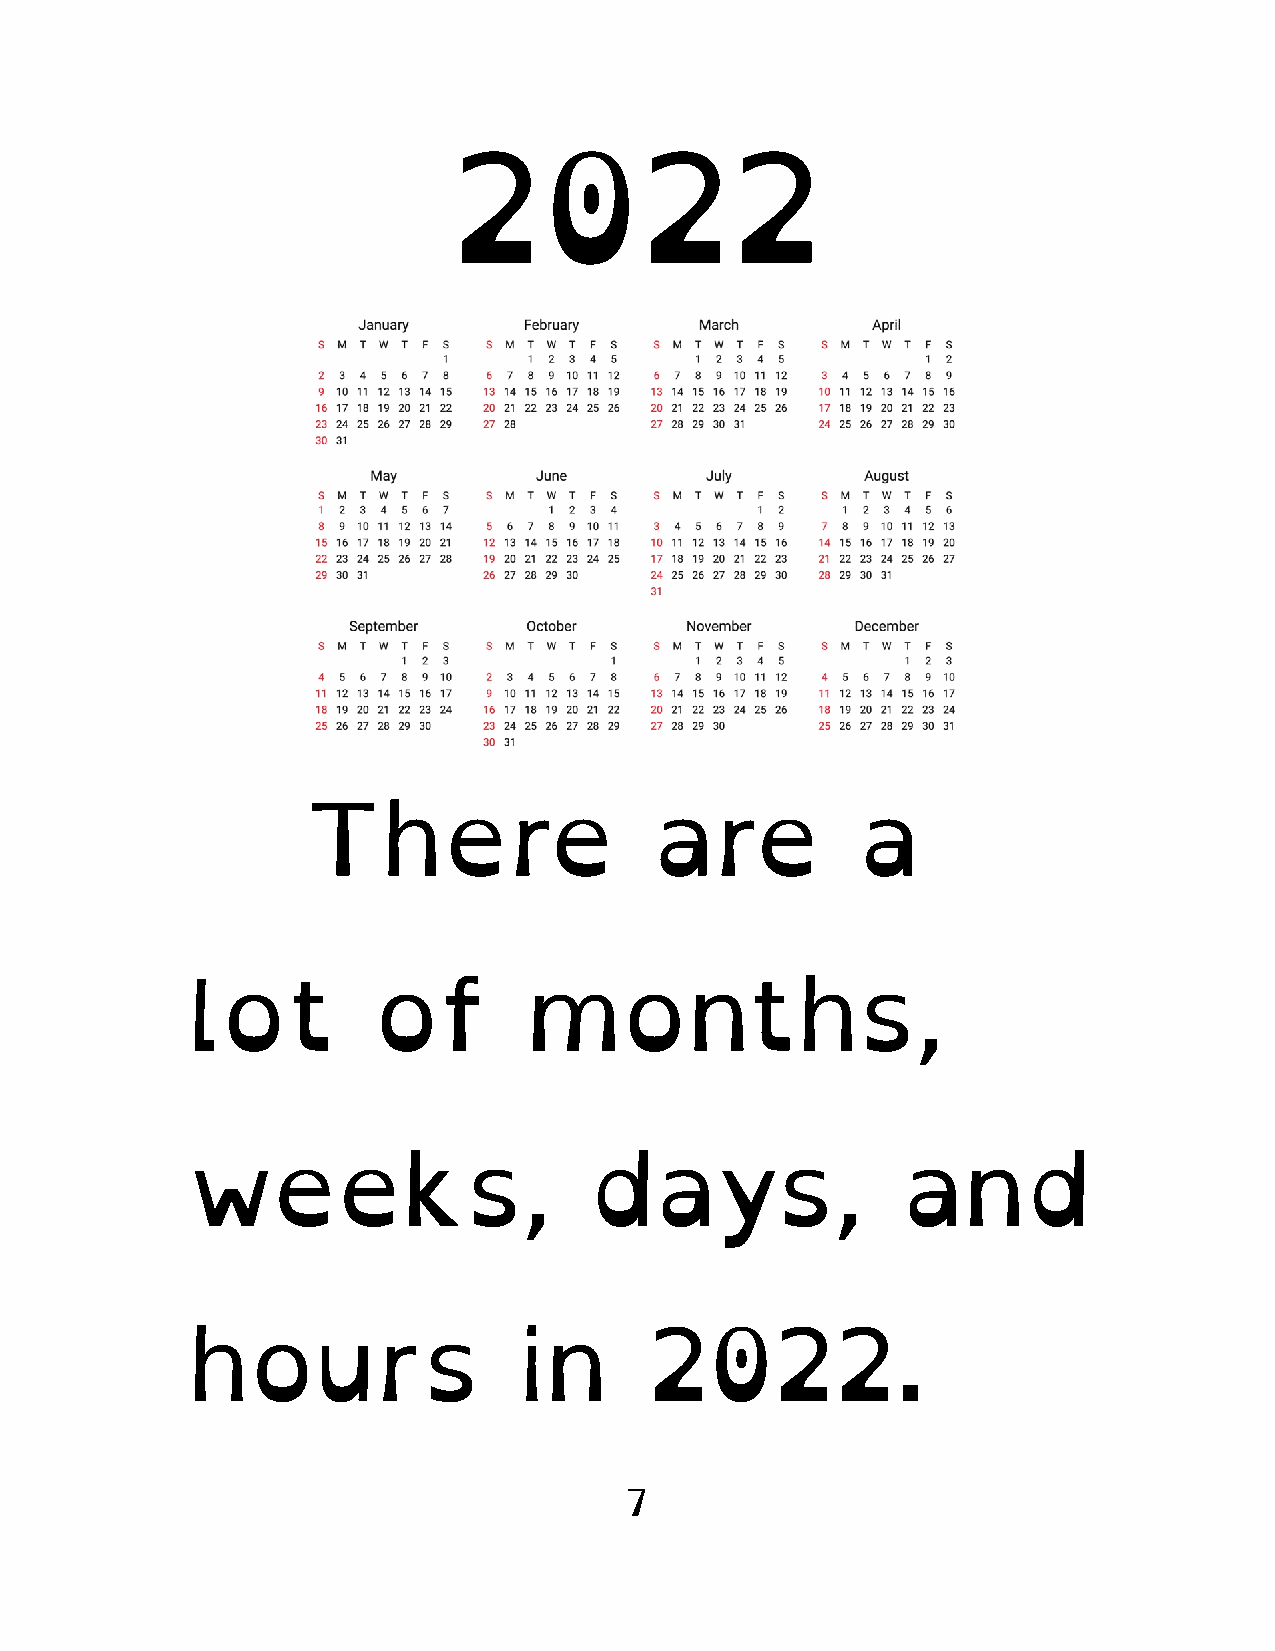
2022
 There                  are           a
 lot          of        months,
 weeks,                     days,                and
 hours                 in       2022.
 7